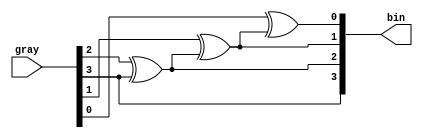
`timescale 1ns / 1ps
//////////////////////////////////////////////////////////////////////////////////
// Company: 
// Engineer: 
// 
// Design Name: 
// Module Name:    gray_to_bin_st 
// Project Name: 
// Target Devices: 
// Tool versions: 
// Description: 
//
// Dependencies: 
//
// Revision: 
// Revision 0.01 - File Created
// Additional Comments: 
//
//////////////////////////////////////////////////////////////////////////////////
module gray_to_bin_st(
    input [3:0] gray,
    output [3:0] bin);
    
	 
assign bin[3]= gray[3];
assign bin[2]= gray[2]^bin[3];
assign bin[1]= gray[1]^bin[2];
assign bin[0]= gray[0]^bin[1];



endmodule